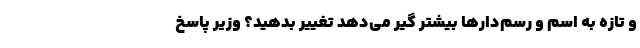
و تازه به اسم و رسم‌دارها بیشتر گیر می‌دهد تغییر بدهید؟ وزیر پاسخ